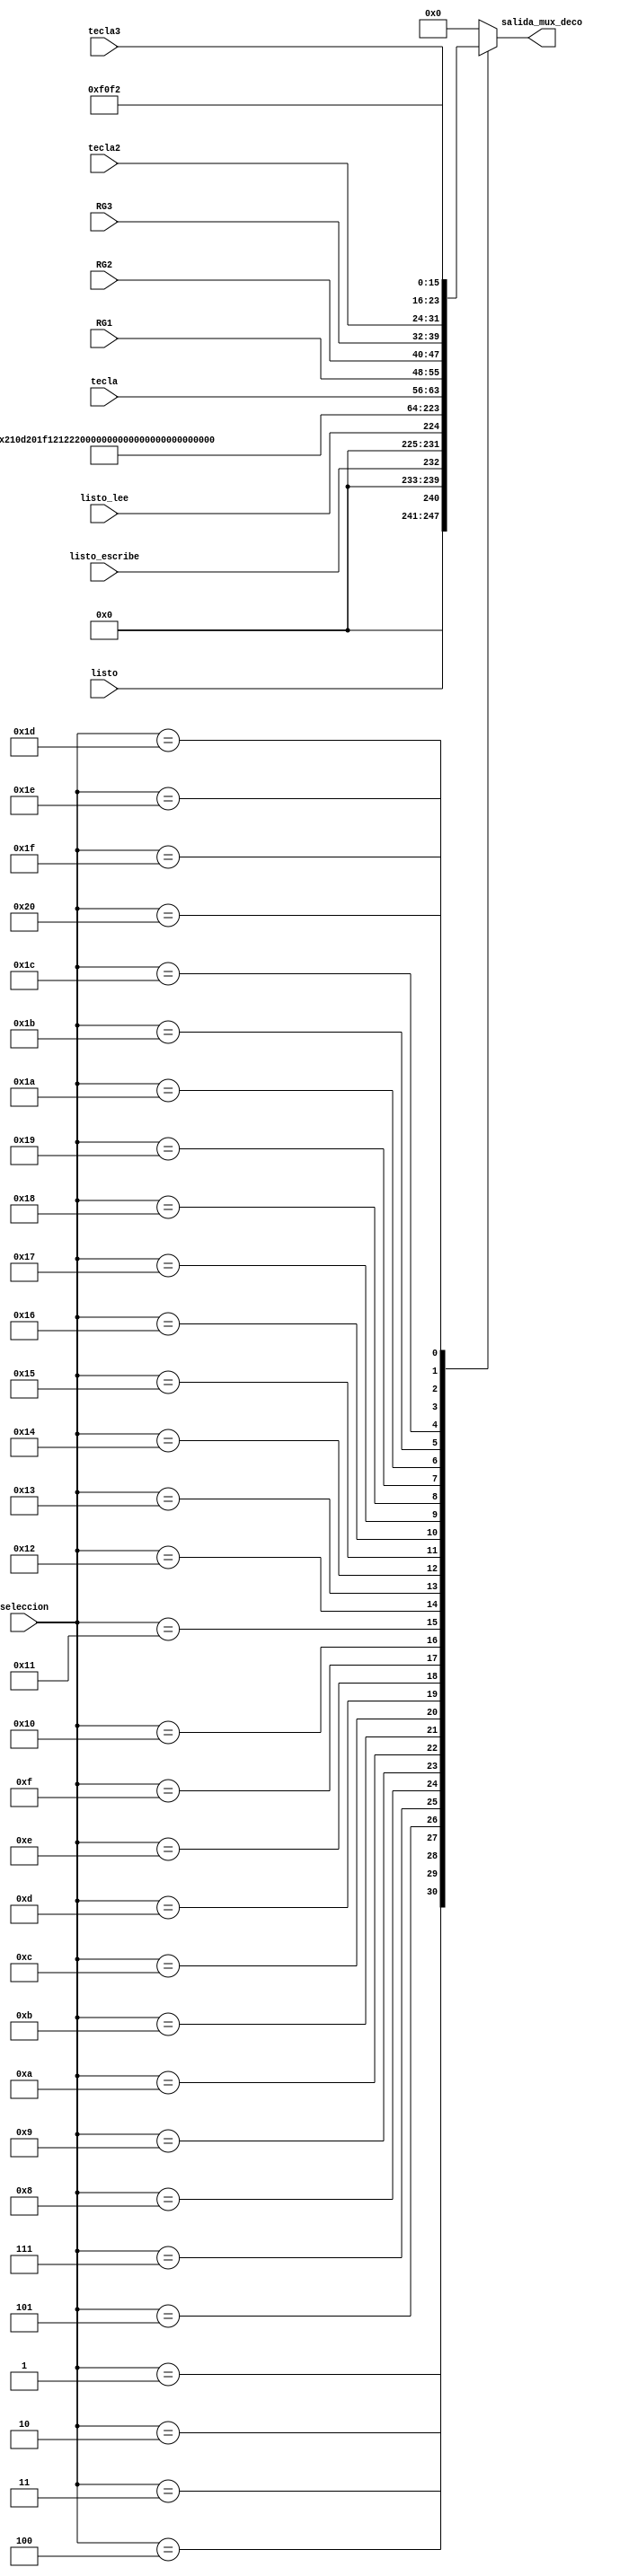
`timescale 1ns / 1ps
//////////////////////////////////////////////////////////////////////////////////
// Company: 
// Engineer: 
// 
// Design Name: 
// Module Name:    MUX_DECO 
// Project Name: 
// Target Devices: 
// Tool versions: 
// Description: 
//
// Dependencies: 
//
// Revision: 
// Revision 0.01 - File Created
// Additional Comments: 
//
//////////////////////////////////////////////////////////////////////////////////
module MUX_DECO(
input wire [7:0]seleccion,
input wire [7:0]tecla,
input wire [7:0] tecla2,
input wire [7:0] tecla3,
input wire [7:0]RG1,
input wire [7:0]RG2,
input wire [7:0]RG3,
input wire listo,
input wire listo_lee,
input wire listo_escribe,
output reg [7:0]salida_mux_deco
    );

   always @(seleccion, listo, listo_lee,listo_escribe)
      case (seleccion)
         8'b00000000: salida_mux_deco = 8'h00;
         8'b00000001: salida_mux_deco = {7'b0000000,listo};
         8'b00000010: salida_mux_deco = {7'b0000000,listo_escribe};
         8'b00000011: salida_mux_deco = {7'b0000000,listo_lee};
         8'b00000100: salida_mux_deco = 8'h02;
         8'b00000101: salida_mux_deco = 8'h10;
         8'b00000110: salida_mux_deco = 8'h00;
         8'b00000111: salida_mux_deco = 8'hd2;
			8'b00001000: salida_mux_deco = 8'h01;
         8'b00001001: salida_mux_deco = 8'hf1;
         8'b00001010: salida_mux_deco = 8'h21;
			8'b00001011: salida_mux_deco = 8'h22;
         8'b00001100: salida_mux_deco = 8'h23;
         8'b00001101: salida_mux_deco = 8'h24;
         8'b00001110: salida_mux_deco = 8'h25;
			8'b00001111: salida_mux_deco = 8'h26;
         8'b00010000: salida_mux_deco = 8'h41;
         8'b00010001: salida_mux_deco = 8'h42;
			8'b00010010: salida_mux_deco = 8'h43;
		   8'b00010011: salida_mux_deco = 8'h03;
			8'b00010100: salida_mux_deco = 8'h04;
         8'b00010101: salida_mux_deco = 8'h05;
         8'b00010110: salida_mux_deco = 8'h06;
         8'b00010111: salida_mux_deco = 8'h07;
			8'b00011000: salida_mux_deco = 8'h08;
         8'b00011001: salida_mux_deco = tecla; //tecla
         8'b00011010: salida_mux_deco = RG1; //RG1
			8'b00011011: salida_mux_deco = RG2; //RG2
			8'b00011100: salida_mux_deco = RG3; //RG3
			8'b00011101: salida_mux_deco = tecla2;
         8'b00011110: salida_mux_deco = tecla3;
         8'b00011111: salida_mux_deco = 8'hf0;
         8'b00100000: salida_mux_deco = 8'hf2;
			//8'b00100001: salida_mux_deco = 8'h08;
			
			default: salida_mux_deco = 8'h00;
      endcase
		
	
endmodule